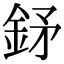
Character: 𨥨